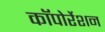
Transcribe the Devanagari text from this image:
काॅपोर्रेशन